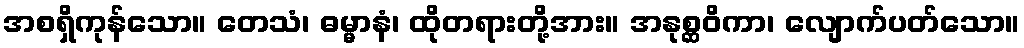
အစရှိကုန်သော။ တေသံ၊ ဓမ္မာနံ၊ ထိုတရားတို့အား။ အနုစ္ဆဝိကာ၊ လျောက်ပတ်သော။